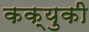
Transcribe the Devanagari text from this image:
कक्युकी